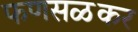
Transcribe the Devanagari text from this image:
फणसळकर